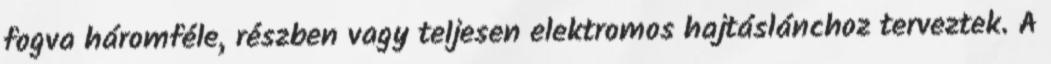
fogva háromféle, részben vagy teljesen elektromos hajtáslánchoz terveztek. A